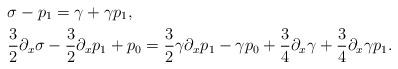
LaTeX: \begin{align*}& \sigma - p_1 = \gamma + \gamma p_1,\\ & \frac{3}{2} \partial_x \sigma - \frac{3}{2}\partial_x p_1 + p_0 = \frac{3}{2} \gamma \partial_x p_1 -\gamma p_0 +\frac{3}{4} \partial_x \gamma +\frac{3}{4} \partial_x \gamma p_1 .\end{align*}